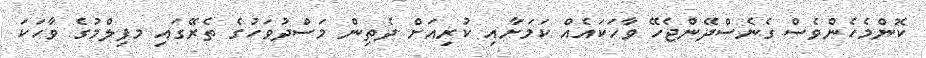
ކޮންމެހެންވެސް ގެނެސްދޭންޖެހޭ ވާހަކައެއް ކަމަށާއި ކުރިއަށް ދެތިން މަސްދުވަހުގެ ތެރޭގައި މފިލްމުގެ ވާހަކަ